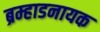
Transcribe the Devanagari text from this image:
ब्रम्हाडनायक